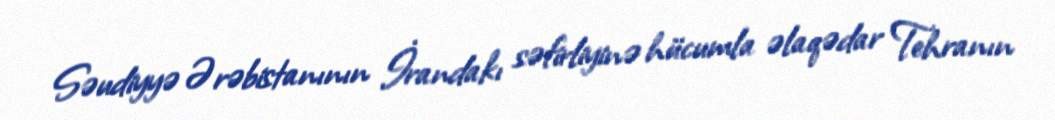
Səudiyyə Ərəbistanının İrandakı səfirliyinə hücumla əlaqədar Tehranın